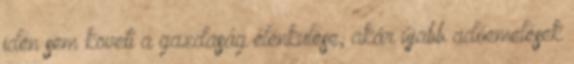
idén sem követi a gazdaság élénkülése, akár újabb adóemelések